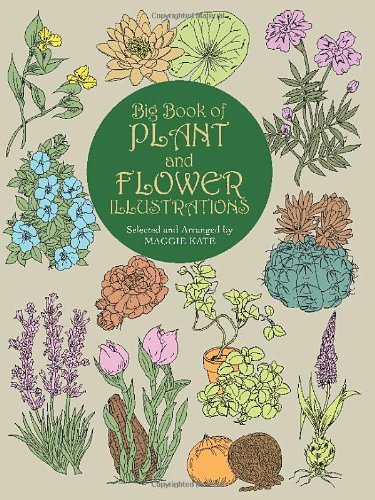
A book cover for Big Book of Plant and Flower Illustrations (Dover Pictorial Archive); Crafts, Hobbies & Home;